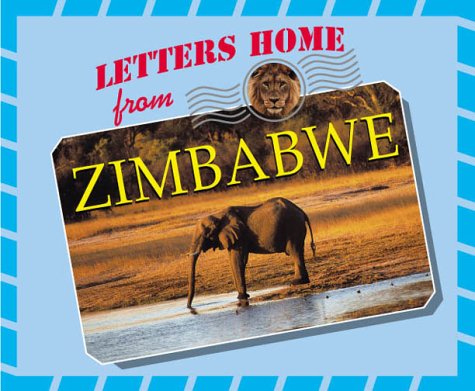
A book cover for Letters Home From - Zimbabwe; Lisa Halvorsen; Travel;